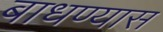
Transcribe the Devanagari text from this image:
बाधण्यास